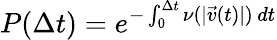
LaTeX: P(\Delta t)=e^{-\int_{0}^{\Delta t}\nu(|\vec{v}(t)|)\, dt}